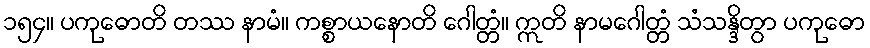
၁၅၄။ ပကုဓောတိ တဿ နာမံ။ ကစ္စာယနောတိ ဂေါတ္တံ။ ဣတိ နာမဂေါတ္တံ သံသန္ဒိတွာ ပကုဓော